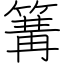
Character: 篝